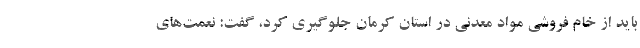
باید از خام فروشی مواد معدنی در استان کرمان جلوگیری کرد، گفت: نعمت‌های